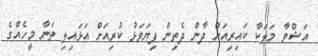
އަޝްވާ މަލަކާ ކައިރިއަށް ދާން ދެތިން ފިޔަވަޅު ކުރިއަށް އަޅައިލި ތަނާ މީހެއްގެ